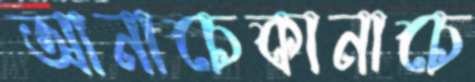
আনাচেকানাচে